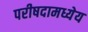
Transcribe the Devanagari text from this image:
परीषदामध्येय